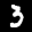
Label: 3